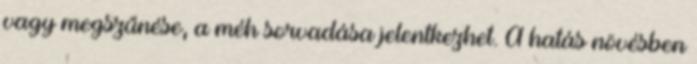
vagy megszűnése, a méh sorvadása jelentkezhet. A hatás növésben